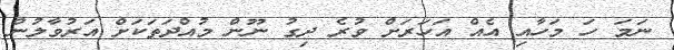
ނަމަ ހަ މަހާއި އެއް އަހަރަށް ވުރެ ދިގު ނޫން މުއްދަތަކަށް އަރުވާލުން